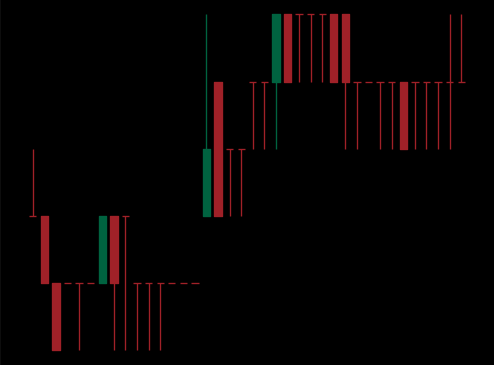
Pattern: bear_flag